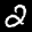
Label: 2